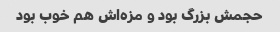
حجمش بزرگ بود و مزه‌اش هم خوب بود